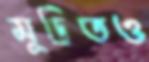
মুদ্রিতও